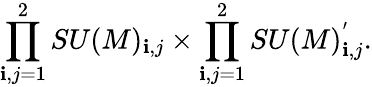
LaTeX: \prod_{\mathbf{i},j=1}^{2}SU(M)_{\mathbf{i},j}\times\prod_{\mathbf{i},j=1}^{2}SU(M)_{\mathbf{i},j}^{'}.